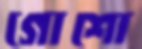
গোশো